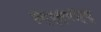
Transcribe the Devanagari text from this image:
हन्द्स्वोर्थ्